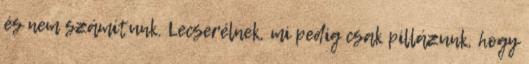
és nem számítunk. Lecserélnek, mi pedig csak pillázunk, hogy